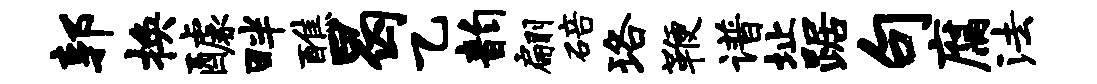
郭换醵畔醮曷乙韵翩碚珞鞭谱址踞句腐法